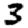
Digit: 3